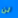
لن